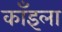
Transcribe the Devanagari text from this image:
काँइला